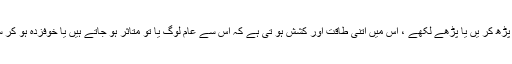
جا ہلیت ، چاہے ان پڑھ کر یں یا پڑھے لکھے ، اس میں اتنی طاقت اور کشش ہو تی ہے کہ اس سے عام لوگ یا تو متاثر ہو جاتے ہیں یا خوفزدہ ہو کر ساتھ مل جا تے ہیں۔